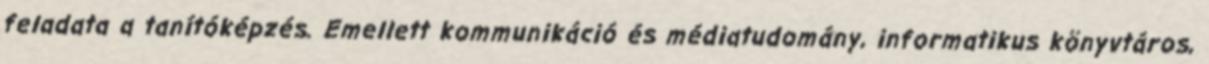
feladata a tanítóképzés. Emellett kommunikáció és médiatudomány, informatikus könyvtáros,